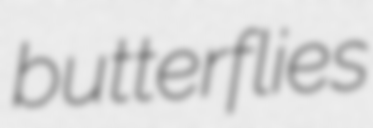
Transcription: butterflies